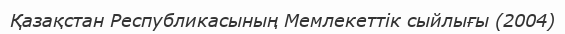
Қазақстан Республикасының Мемлекеттік сыйлығы (2004)